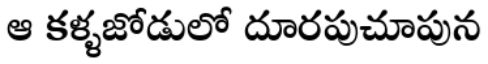
ఆ కళ్ళజోడులో దూరపుచూపున